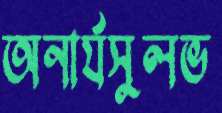
অনার্যসুলভ